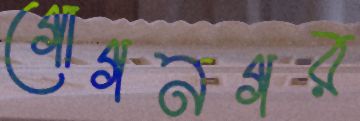
গোগনগর